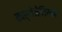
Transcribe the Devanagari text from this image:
कार्थेजेनियन